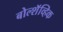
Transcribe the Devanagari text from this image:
बोल्शॅव्हिक